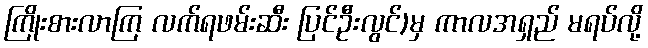
ကြိုးစားလာကြ လက်ရဖမ်းဆီး ပြင်ဦးလွင်)မှ ကာလအရှည် မရပ်လို့